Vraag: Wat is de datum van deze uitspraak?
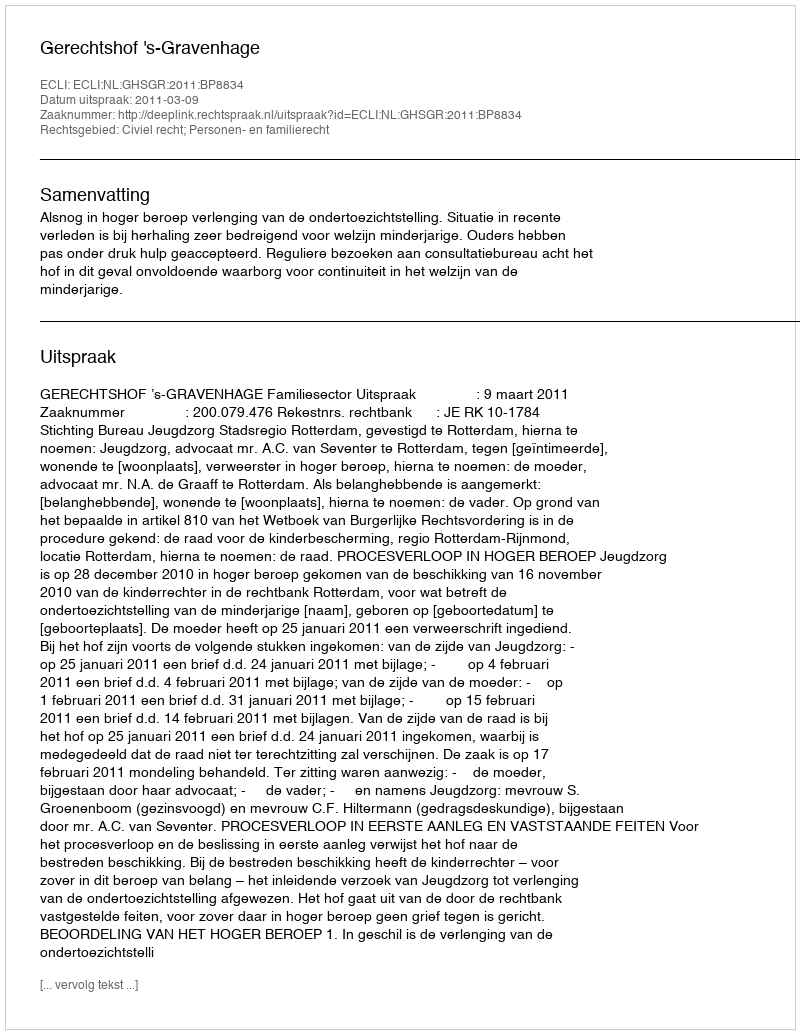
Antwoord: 2011-03-09